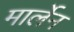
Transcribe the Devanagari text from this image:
मार्लेन